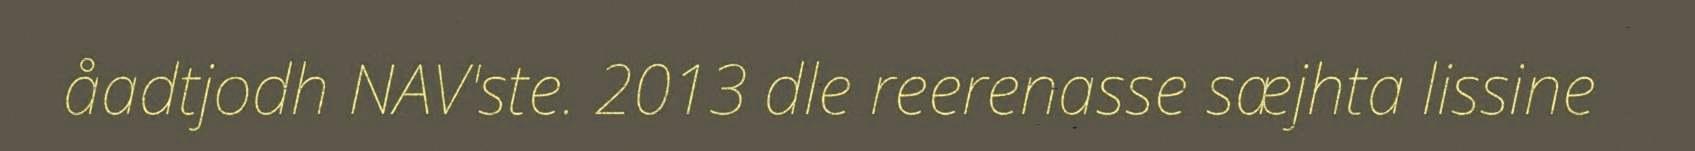
åadtjodh NAV'ste. 2013 dle reerenasse sæjhta lissine